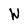
Character: W